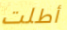
أطلت